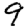
Digit: 9